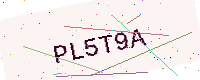
Text: PL5T9A